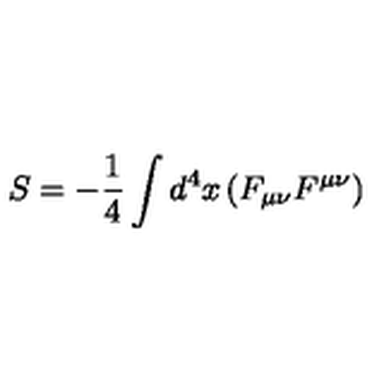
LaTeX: S = - { \frac { 1 } { 4 } } \int d ^ { 4 } x \left( F _ { \mu \nu } F ^ { \mu \nu } \right)